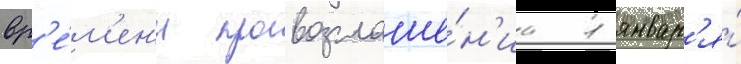
вр'е́м'ен'и провозглаше́н'иа 1 январ'я́